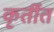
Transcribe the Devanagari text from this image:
कृतींत